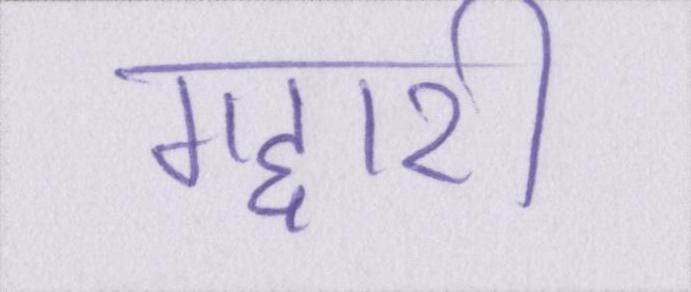
गद्दारी